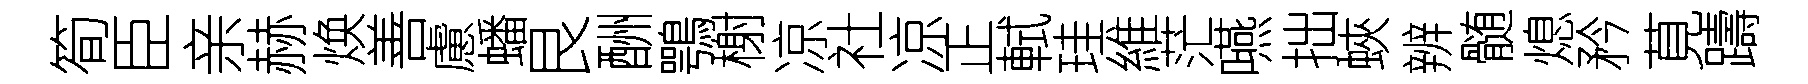
筍臣亲赫焕善慮蟠艮酬鶚榭凉社凉正軾珪維茫嚥拙蛺辨髄熄矜莧躊